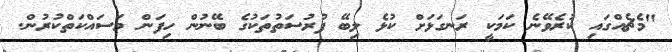
"މެޗެއްގައި ކުރެވޭނެ ކަމަކީ ރަނގަޅަށް ކުޅެ ލިބޭ ފުރުސަތުތަކުގެ ބޭނުން ހިފަން މަސައްކަތްކުރުން.